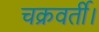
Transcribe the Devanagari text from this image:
चक्रवर्ती।